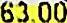
63.00